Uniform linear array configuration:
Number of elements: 4
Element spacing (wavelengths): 0.25
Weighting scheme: uniform
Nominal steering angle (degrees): -15
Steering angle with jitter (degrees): -13.973
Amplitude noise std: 0.05
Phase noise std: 0.05

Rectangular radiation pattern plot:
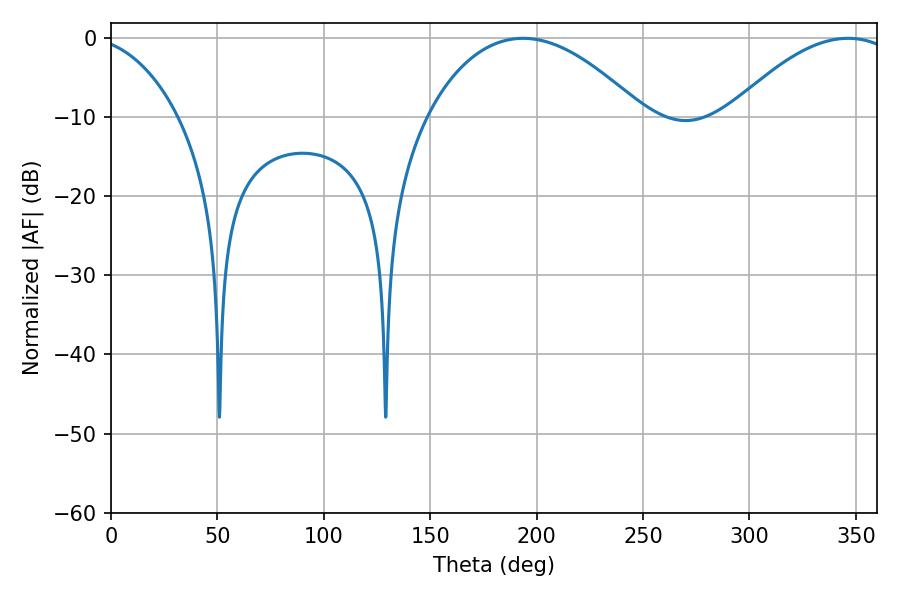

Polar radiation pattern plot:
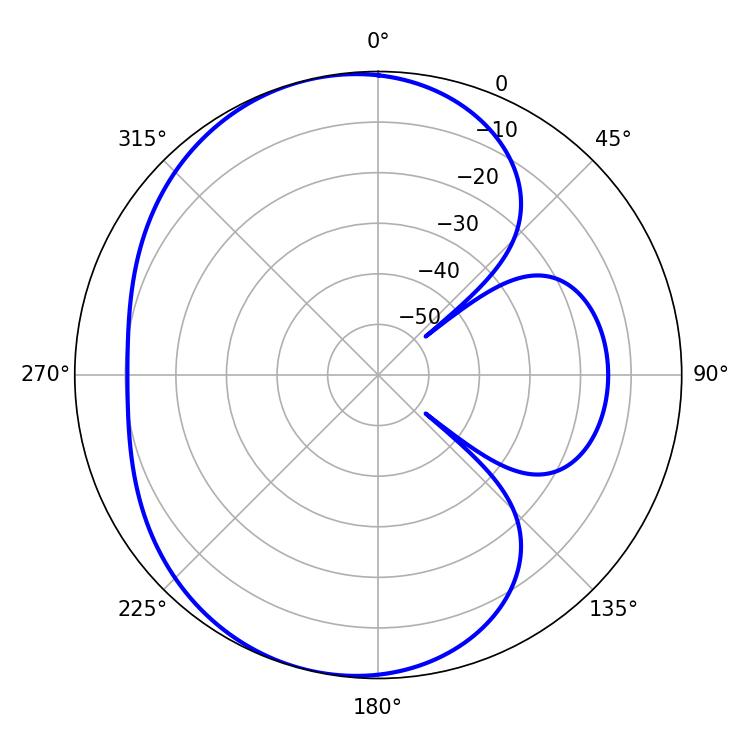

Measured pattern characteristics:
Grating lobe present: FALSE
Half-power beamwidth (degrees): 43.74
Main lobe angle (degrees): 346.32